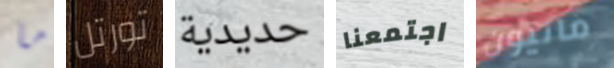
ما تورتل حديدية اجتمعنا مانيون